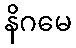
နိဂမေ